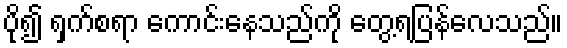
ပို၍ ရှက်စရာ ကောင်းနေသည်ကို တွေ့ရပြန်လေသည်။